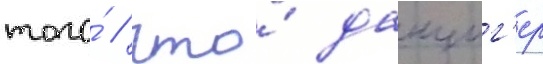
того́ / что́ данциг'ер